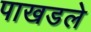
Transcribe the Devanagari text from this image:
पाखडले